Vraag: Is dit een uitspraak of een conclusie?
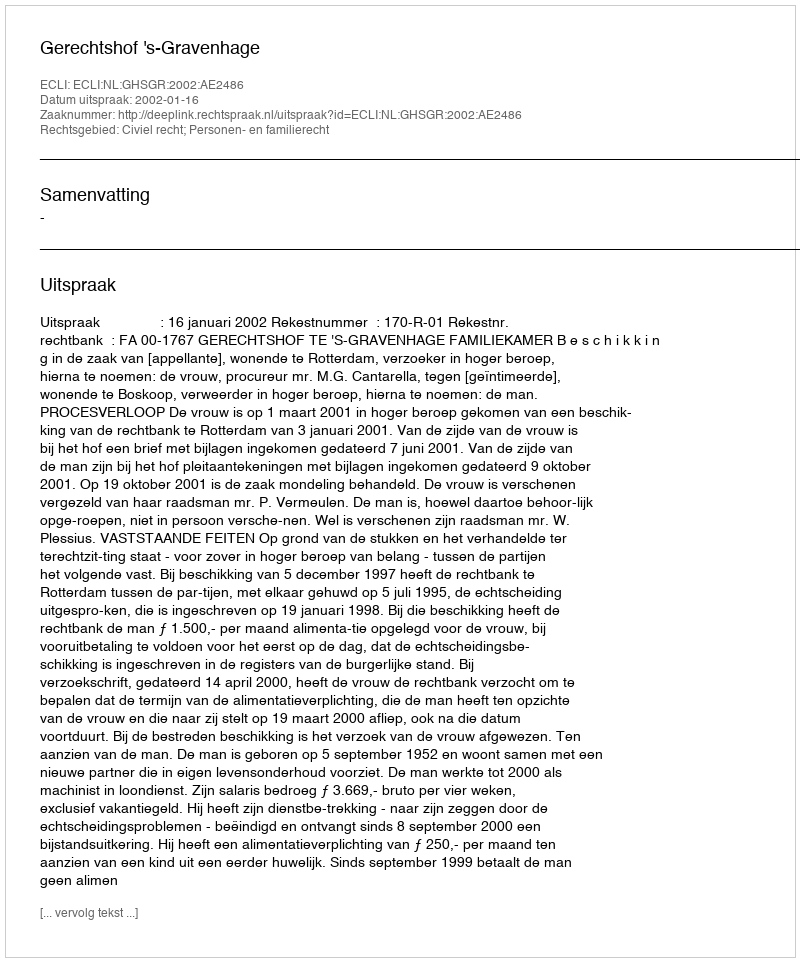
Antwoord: Uitspraak